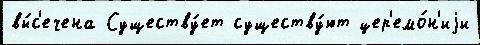
вы́с'ечена Существу́ет существу́ют цер'емо́н'иjи